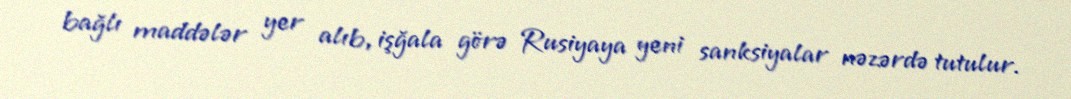
bağlı maddələr yer alıb, işğala görə Rusiyaya yeni sanksiyalar nəzərdə tutulur.